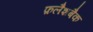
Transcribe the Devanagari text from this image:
फ़लैशबैक